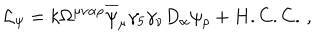
\mathcal { L } _ { \psi } = k \Omega ^ { \mu \nu \alpha \rho } \overline { { { \psi } } } _ { \mu } \gamma _ { 5 } \gamma _ { \nu } D _ { \alpha } \psi _ { \rho } + H . C . C . \, ,